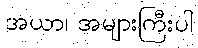
အယာ၊ အများကြီးပါ